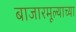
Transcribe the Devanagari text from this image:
बाजारमूल्याच्या